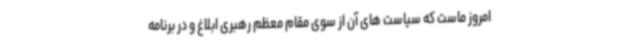
امروز ماست که سیاست های آن از سوی مقام معظم رهبری ابلاغ و در برنامه